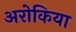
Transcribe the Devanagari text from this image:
अरोकिया